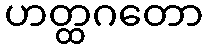
ဟတ္ထဂတော